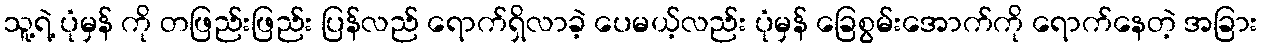
သူ့ရဲ့ ပုံမှန် ကို တဖြည်းဖြည်း ပြန်လည် ရောက်ရှိလာခဲ့ ပေမယ့်လည်း ပုံမှန် ခြေစွမ်းအောက်ကို ရောက်နေတဲ့ အခြား